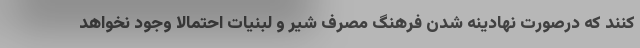
کنند که درصورت نهادینه شدن فرهنگ مصرف شیر و لبنیات احتمالا وجود نخواهد